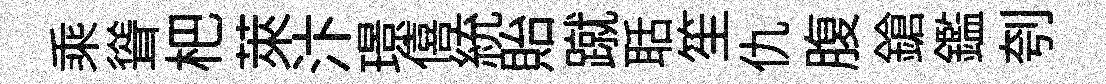
乘聳杷萊汴璟僖統貽蹴聒笙仇腹鎗鑑刳